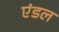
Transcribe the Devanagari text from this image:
एंडल